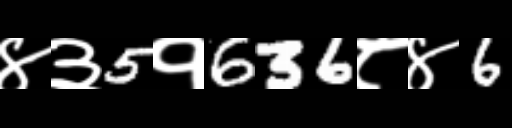
Text: ४३5१636८४6